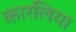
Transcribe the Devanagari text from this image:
कारलिया